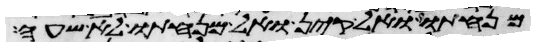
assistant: מנחתו ואל קין ואל מנחתו לא שעה